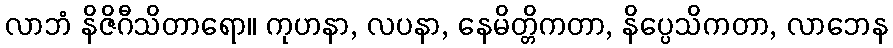
လာဘံ နိဇိဂီသိတာရော။ ကုဟနာ, လပနာ, နေမိတ္တိကတာ, နိပ္ပေသိကတာ, လာဘေန